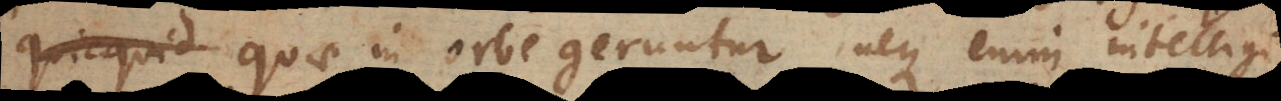
quae in orbe geruntur, neque enim intelligi